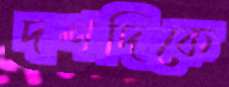
দশদিকে